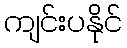
ကျင်းပနိုင်